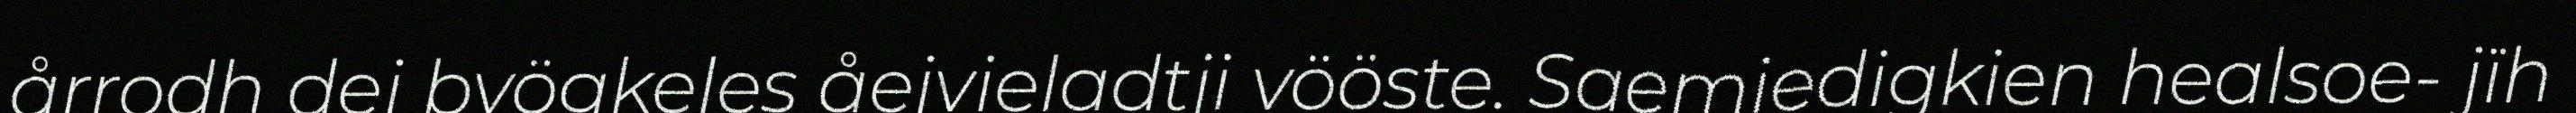
årrodh dej byögkeles åejvieladtji vööste. Saemiedigkien healsoe- jïh